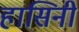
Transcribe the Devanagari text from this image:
हासिनी